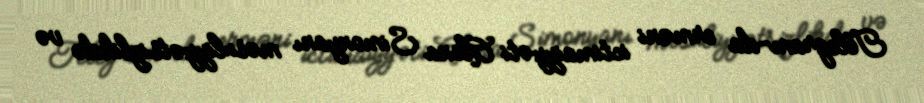
Telegram-da erməni ictimaiyyəti Alena Simonyanı məsuliyyətsizlikdə və